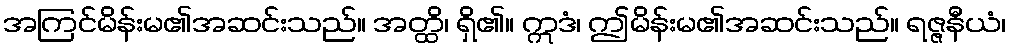
အကြင်မိန်းမ၏အဆင်းသည်။ အတ္ထိ၊ ရှိ၏။ ဣဒံ၊ ဤမိန်းမ၏အဆင်းသည်။ ရဇ္ဇနီယံ၊